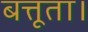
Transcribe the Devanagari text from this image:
बत्तूता।